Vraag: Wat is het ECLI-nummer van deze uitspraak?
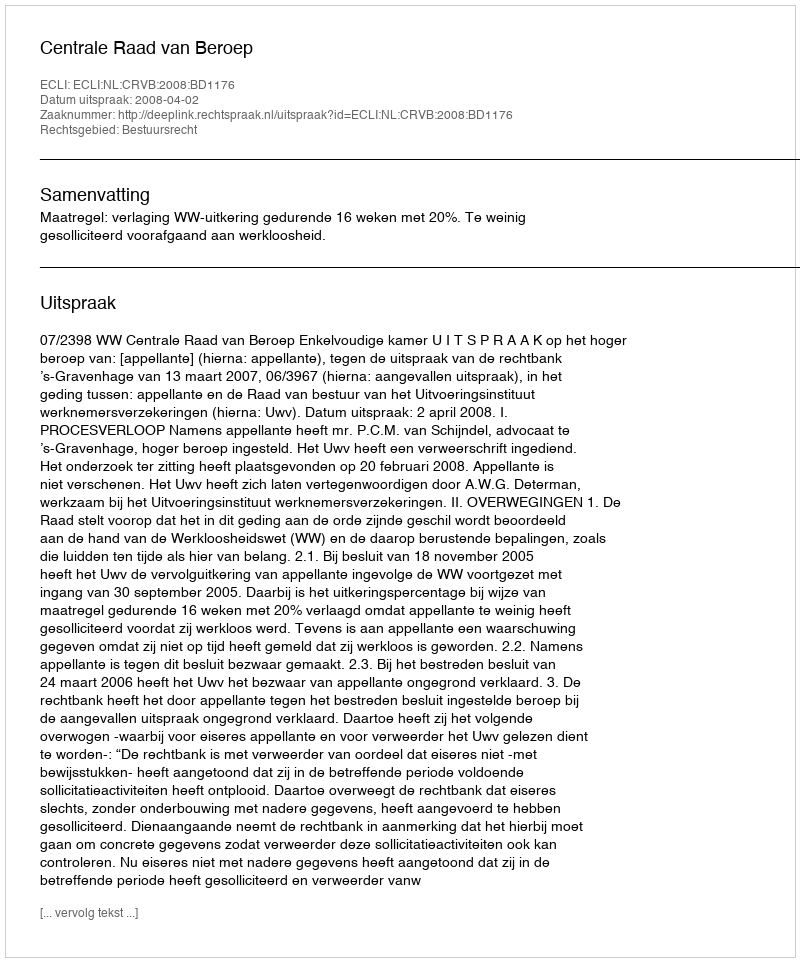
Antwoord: ECLI:NL:CRVB:2008:BD1176